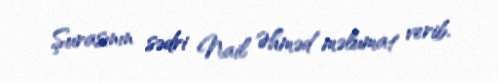
Şurasının sədri Nail Əhməd məlumat verib.